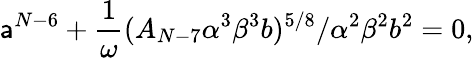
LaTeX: \mathsf{a}^{N-6}+\frac{{1}}{{\omega}}(A_{N-7}\alpha^{3}\beta^{3}b)^{5/8}/\alpha^{2}\beta^{2}b^{2}=0,